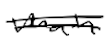
Text: main
Cross-out: double-line
Writing tool: digital_black